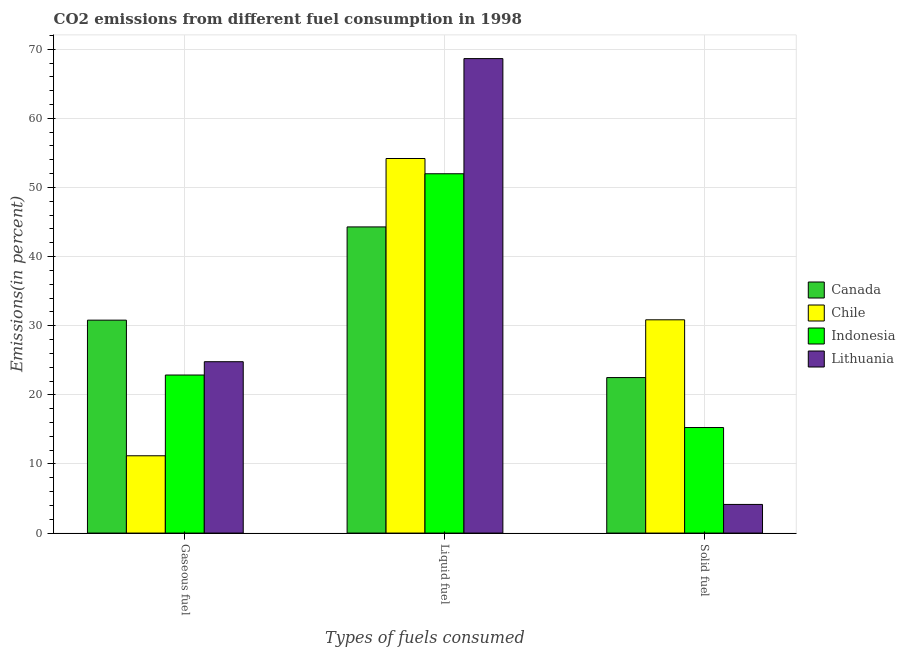
| Types of fuels consumed | Canada | Chile | Indonesia | Lithuania |
 | --- | --- | --- | --- | --- |
 | Gaseous fuel | 30.8 | 11.2 | 22.9 | 24.8 |
 | Liquid fuel | 44.3 | 54.2 | 52 | 68.6 |
 | Solid fuel | 22.5 | 30.9 | 15.3 | 4.14 |